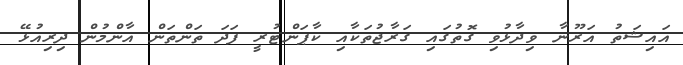
އައިޝަތު އަރޫނާ ވިދާޅުވި ގޮތުގައި ގަރާޖުތަކާއި ކާޕަންޓުރީ ފަދަ ތަންތަން އާންމުން ދިރިއުޅޭ